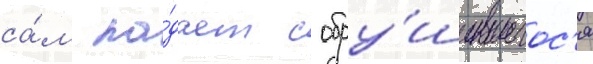
са́м па́дает с обру́шившегос'я